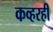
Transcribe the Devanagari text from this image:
कव्हरही